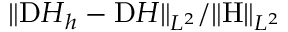
\| { \mathrm Ḋ H Ḍ } _ { h } - { \mathrm Ḋ H Ḍ } \| _ { L ^ { 2 } } / \| \mathrm { H } \| _ { L ^ { 2 } }